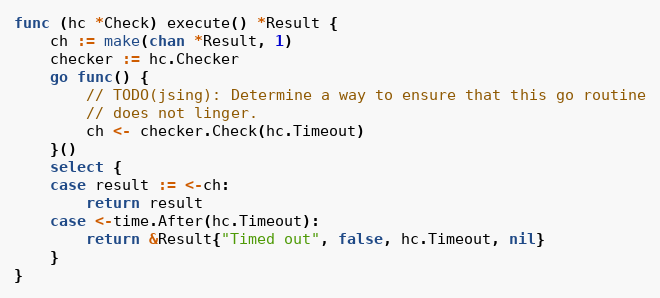
Language: Go
func (hc *Check) execute() *Result {
	ch := make(chan *Result, 1)
	checker := hc.Checker
	go func() {
		// TODO(jsing): Determine a way to ensure that this go routine
		// does not linger.
		ch <- checker.Check(hc.Timeout)
	}()
	select {
	case result := <-ch:
		return result
	case <-time.After(hc.Timeout):
		return &Result{"Timed out", false, hc.Timeout, nil}
	}
}